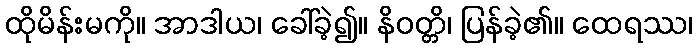
ထိုမိန်းမကို။ အာဒါယ၊ ခေါ်ခဲ့၍။ နိဝတ္တိ၊ ပြန်ခဲ့၏။ ထေရဿ၊